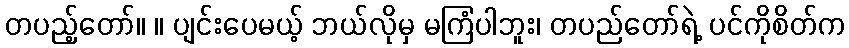
တပည့်တော်။ ။ ပျင်းပေမယ့် ဘယ်လိုမှ မကြံပါဘူး၊ တပည်တော်ရဲ့ ပင်ကိုစိတ်က